Report of the Hyderabad Chloroform Commission
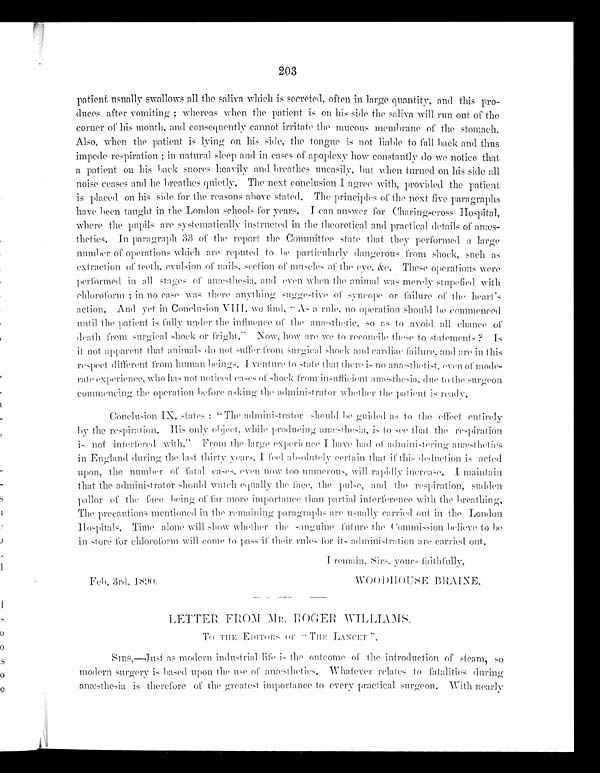
203
patient usually swallows all the saliva which is secreted, often in large quantity, and this pro
–
duces after vomiting ; whereas when the patient is on his side the saliva will run out of the
corner of his mouth, and consequently cannot irritate the mucous membrane of the stomach.
Also, when the patient is lying on his side, the tongue is not liable to fail back and thus
impede respiration ; in natural sleep and in cases of apoplexy how constantly do we notice that
a patient on his back snores heavily and breathes uneasily, but when turned on his side all
noise ceases and he breathes quietly. The next conclusion I agree with, provided the patient
is placed on his side for the reasons above stated. The principles of the next five paragraphs
have been taught in the London schools for years. I can answer for Charing–cross Hospital,
where the pupils are systematically instructed in the th eoretical and practical details of anæs
–thetics.In paragraph 33 of the report the Committee state that they performed a large
number of operations which are reputed to be particularly dangerous from shock, such as
extraction of teeth, evulsion of nails, section of muscles of the eye, &e. These operations were
performed in all stages of anæsthesia , and even when the animal was merely stupefied with
chloroform; in no case was there anything suggestive of syncope or failure of the heart’s
action. And yet in Conclusion VIII.
we find, “ As a rule, no operation should be commenced
until the patient is fully under the influence of the anæsthetic, so as to avoid all chance of
death from surgical shock or fright.” Now , how are we to reconcile these to statements ? Is
it not apparent that do not suffer from surgical shock and cardiac failure, and are in this
respect different from human beings. I venture to state that there is no anæsthetist, even of mode–-
rate experience, who has not noticed cases of shock from insufficient anæsthesia , due to the surgeon
commencing the operation before asking the administrator whether the patient is ready.
Conclusion IX. states : “ The administrator should be guided as to th e effect entirely by
the respiration . His only object, while producing anæsthesia, is to see that the respiration
is not interfered with.”
From the large experience I have had of administering anæsthetics
in England during the last thirty years, I feel absolutely certain that if this deduction is acted
upon , the number of fatal cases, even now too numerous, will rapidly increase. 1 maintain
that the administrator should watch equally the face, the pulse, and the respiration, sudden
pallor of the face being of for more importance than partial interference with the breathing.
The precautions mentioned in the remaining paragraphs are usually c arried out in the London
Hospitals. Time alone will show whether the sanguine future the Commission believe to be
in store for chloroform will come to pass if their rules for its administration are carried out.
I remain, Sirs, yours faithfully,
F e b , 3 r d , 1 8 9 0 .
W O O D H O U S E B R A I N E .
LETTER FROM MR. ROGER WILLIAMS.
THE EDITORS OF “ THE LANCET”.
SIR,—Just as modern industrial life is the outcome of the introduction of steam , so
modern surgery is based upon the use of Whatever relates to fatalities during
anæsthesia is therefore of the greatest importance to every practical surgeon. With neatly